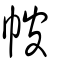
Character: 帔